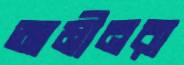
আমীনরা